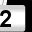
Digit: 2